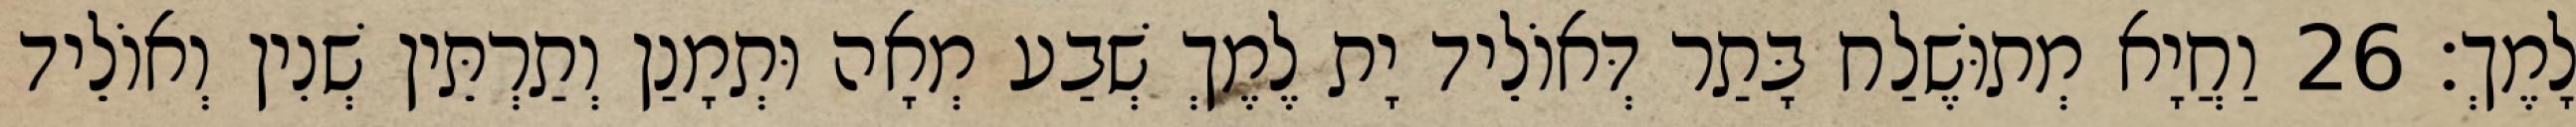
לָמֶךְ׃ 26 וַחֲיָא מְתוּשֶׁלַח בָּתַר דְּאוֹלֵיד יָת לֶמֶךְ שְׁבַע מְאָה וּתְמָנַן וְתַרְתֵּין שְׁנִין וְאוֹלֵיד